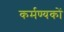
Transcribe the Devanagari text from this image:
कर्मण्यकों